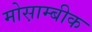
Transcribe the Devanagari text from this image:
मोस़ाम्बीक